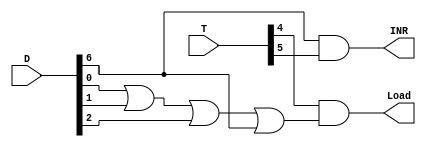
module DR_Control(Load, INR, T, D);

	input [7:0] T,D;
	output Load, INR;

	wire ToLoad;

	assign INR = D[6] & T[5];
	assign ToLoad = (D[0] | D[1] | D[2] | D[6]);
	assign Load = T[4] & ToLoad;

endmodule